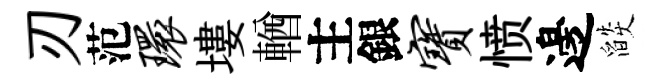
刃范环塿輶主銀宝愤邊燄